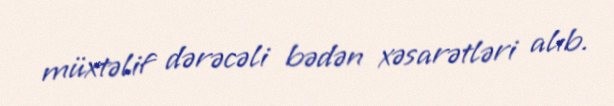
müxtəlif dərəcəli bədən xəsarətləri alıb.